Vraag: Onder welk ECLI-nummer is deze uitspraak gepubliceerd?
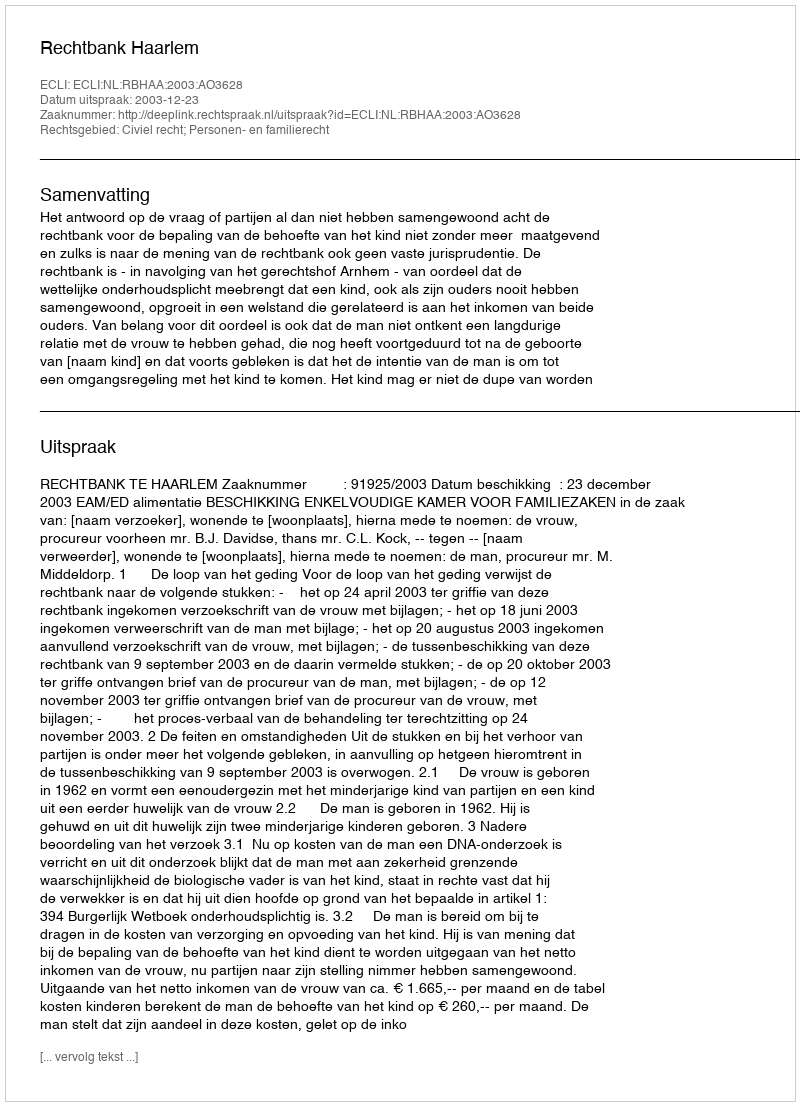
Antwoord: ECLI:NL:RBHAA:2003:AO3628